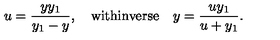
u = \frac { y y _ { 1 } } { y _ { 1 } - y } , \quad \mathrm { w i t h i n v e r s e } \quad y = \frac { u y _ { 1 } } { u + y _ { 1 } } .